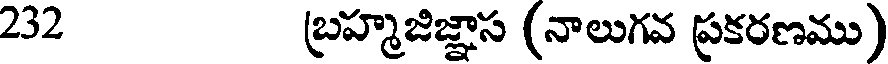
232 బ్రహ్మజిజ్ఞాస (నాలుగవ ప్రకరణము)